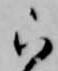
ら